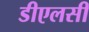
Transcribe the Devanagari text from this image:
डीएलसी